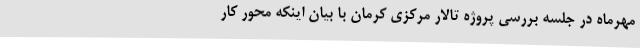
مهرماه در جلسه بررسی پروژه تالار مرکزی کرمان با بیان اینکه محور کار